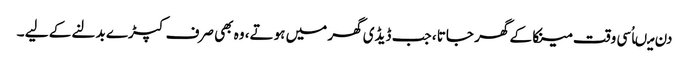
دن میںاُسی وقت مینکا کے گھر جاتا ، جب ڈیڈی گھر میں ہوتے، وہ بھی صرف کپڑے بدلنے کے لیے ۔